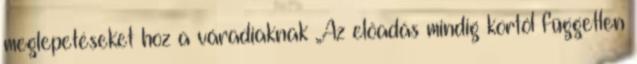
meglepetéseket hoz a váradiaknak „Az előadás mindig kortól független